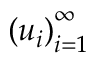
\left( u _ { i } \right) _ { i = 1 } ^ { \infty }